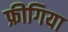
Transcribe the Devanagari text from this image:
फ्रीगिया